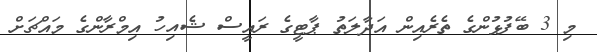
މި 3 ބޭފުޅުންގެ ތެރެއިން އަދާލަތު ޕާޓީގެ ރައީސް ޝެއިހު އިމްރާންގެ މައްޗަށް